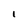
Character: I